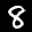
Label: 8